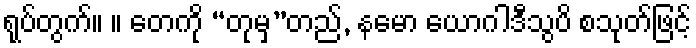
ရုပ်တွက်။ ။ တေကို “တုမှ”တည်, နမော ယောဂါဒီသွပိ စသုတ်ဖြင့်